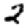
Digit: 2